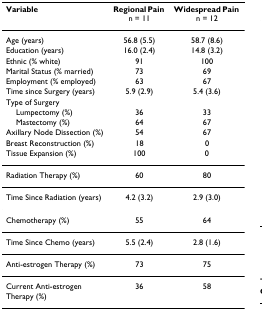
<table><thead><tr><td><b>Variable</b></td><td><b>Regional Pain n = 11</b></td><td><b>Widespread Pain n = 12</b></td></tr></thead><tbody><tr><td>Age (years)</td><td>56.8 (5.5)</td><td>58.7 (8.6)</td></tr><tr><td>Education (years)</td><td>16.0 (2.4)</td><td>14.8 (3.2)</td></tr><tr><td>Ethnic (% white)</td><td>91</td><td>100</td></tr><tr><td>Marital Status (% married)</td><td>73</td><td>69</td></tr><tr><td>Employment (% employed)</td><td>63</td><td>67</td></tr><tr><td>Time since Surgery (years)</td><td>5.9 (2.9)</td><td>5.4 (3.6)</td></tr><tr><td>Type of Surgery</td><td></td><td></td></tr><tr><td> Lumpectomy (%)</td><td>36</td><td>33</td></tr><tr><td> Mastectomy (%)</td><td>64</td><td>67</td></tr><tr><td>Axillary Node Dissection (%)</td><td>54</td><td>67</td></tr><tr><td>Breast Reconstruction (%)</td><td>18</td><td>0</td></tr><tr><td>Tissue Expansion (%)</td><td>100</td><td>0</td></tr><tr><td>Radiation Therapy (%)</td><td>60</td><td>80</td></tr><tr><td>Time Since Radiation (years)</td><td>4.2 (3.2)</td><td>2.9 (3.0)</td></tr><tr><td>Chemotherapy (%)</td><td>55</td><td>64</td></tr><tr><td>Time Since Chemo (years)</td><td>5.5 (2.4)</td><td>2.8 (1.6)</td></tr><tr><td>Anti-estrogen Therapy (%)</td><td>73</td><td>75</td></tr><tr><td>Current Anti-estrogen Therapy (%)</td><td>36</td><td>58</td></tr></tbody></table>